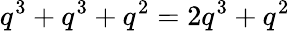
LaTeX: q^{3}+q^{3}+q^{2}=2q^{3}+q^{2}